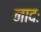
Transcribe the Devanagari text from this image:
नादः